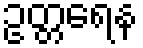
ဥတ္တရေန